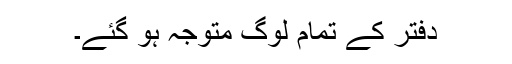
دفتر کے تمام لوگ متوجہ ہو گئے۔